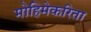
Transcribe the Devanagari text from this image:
मोहिमेकरिता